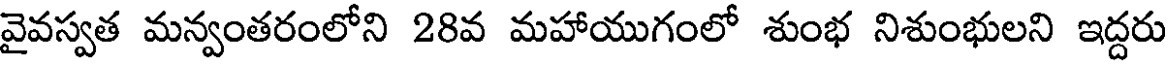
వైవస్వత మన్వంతరంలోని 28వ మహాయుగంలో శుంభ నిశుంభులని ఇద్దరు